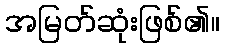
အမြတ်ဆုံးဖြစ်၏။